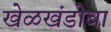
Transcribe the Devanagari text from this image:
खेळखंडोबा